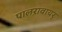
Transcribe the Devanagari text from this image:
पालऱावायर्